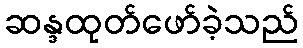
ဆန္ဒထုတ်ဖော်ခဲ့သည်